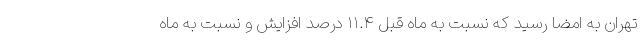
تهران به امضا رسید که نسبت به ماه قبل ۱۱.۴ درصد افزایش و نسبت به ماه